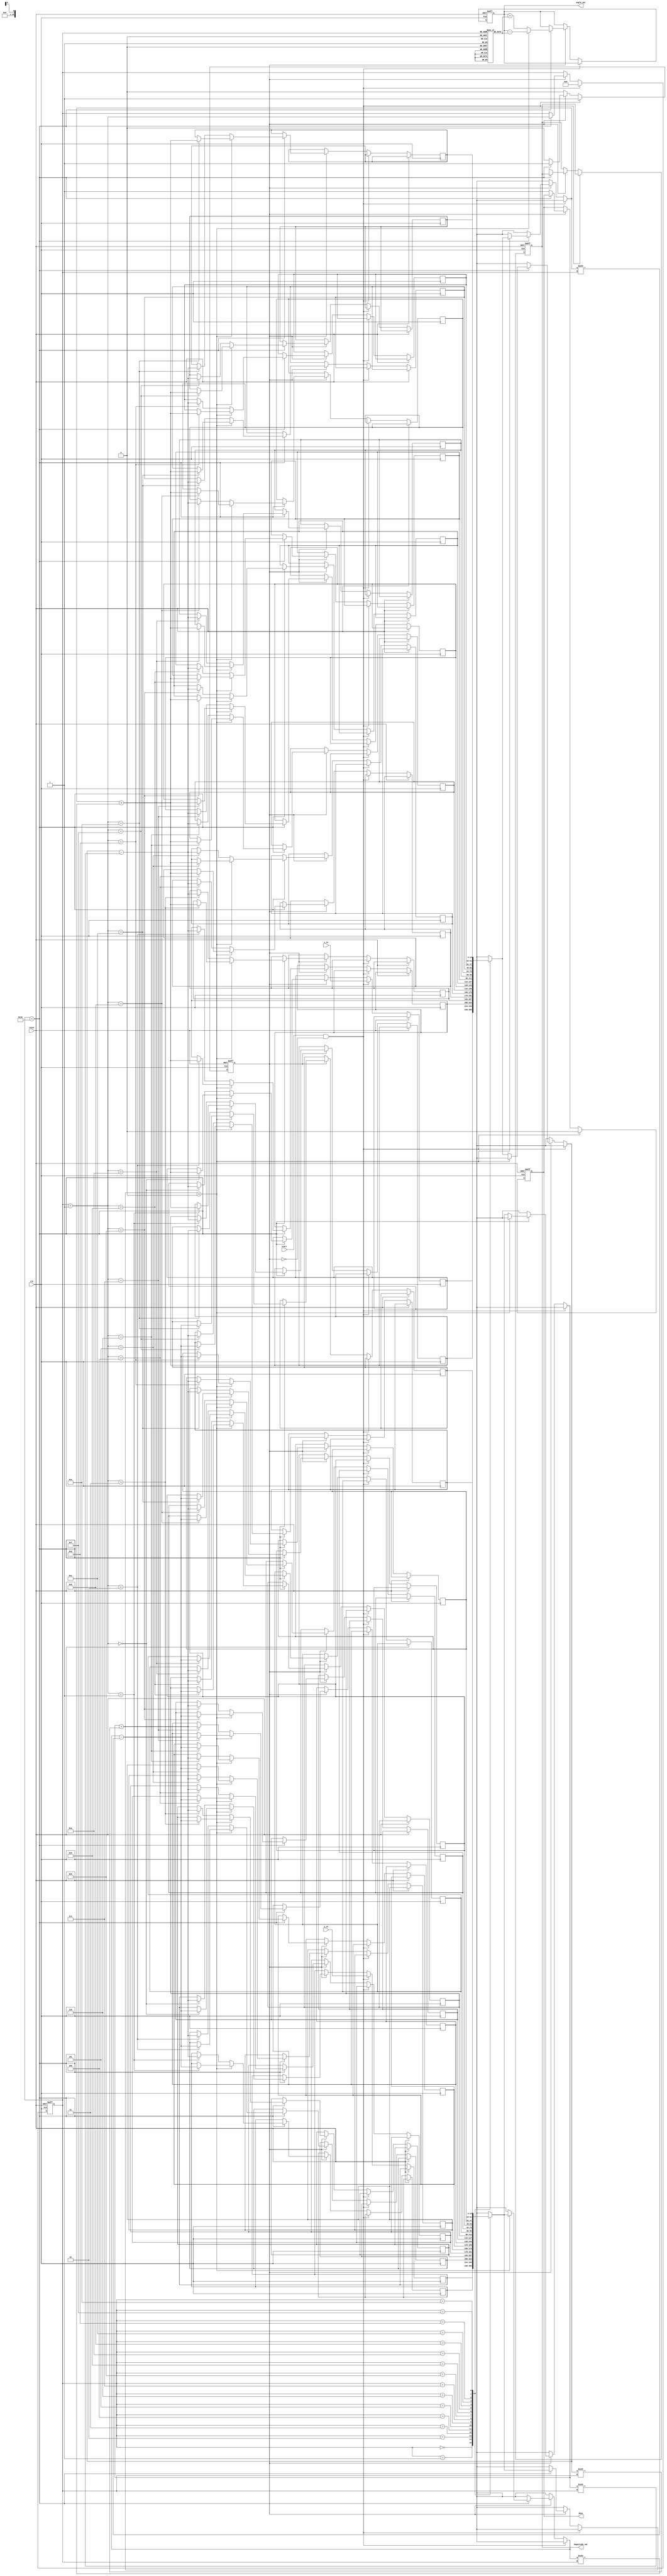
module vectoring_cordic (
    input wire clk,
    input wire reset,
    input wire start,
    input wire signed [15:0] x_in, // Input x coordinate
    input wire signed [15:0] y_in, // Input y coordinate
    output reg signed [15:0] angle_out, // Output angle
    output reg signed [15:0] magnitude_out, // Output magnitude
    output reg done // Operation complete flag
);

    // CORDIC parameters
    parameter NUM_ITERATIONS = 16; // Number of iterations
    parameter K = 16'h26DD; // Scaling factor (approx. 0.607)

    // Internal registers
    reg signed [15:0] x [0:NUM_ITERATIONS-1]; // x values
    reg signed [15:0] y [0:NUM_ITERATIONS-1]; // y values
    reg signed [15:0] angle [0:NUM_ITERATIONS-1]; // angle values
    reg [3:0] iteration; // Current iteration counter
    reg active; // Indicates if the CORDIC operation is active

    // Initialize angle values for CORDIC
    initial begin
        angle[0] = 16'h0000; // atan(0)
        angle[1] = 16'h1C71; // atan(1/2)
        angle[2] = 16'h0D8E; // atan(1/4)
        angle[3] = 16'h05A8; // atan(1/8)
        angle[4] = 16'h0282; // atan(1/16)
        // Continue initializing for all iterations...
        // For brevity, only a few angles are initialized.
    end

    // Control unit
    always @(posedge clk or posedge reset) begin
        if (reset) begin
            iteration <= 0;
            active <= 0;
            done <= 0;
            angle_out <= 0;
            magnitude_out <= 0;
        end else if (start && !active) begin
            // Load inputs and start the CORDIC process
            x[0] <= x_in;
            y[0] <= y_in;
            iteration <= 0;
            active <= 1;
            done <= 0;
        end else if (active) begin
            if (iteration < NUM_ITERATIONS) begin
                // Perform CORDIC rotation
                if (y[iteration] < 0) begin
                    x[iteration + 1] <= x[iteration] + (y[iteration] >>> iteration);
                    y[iteration + 1] <= y[iteration] - (x[iteration] >>> iteration);
                    angle_out <= angle_out - angle[iteration];
                end else begin
                    x[iteration + 1] <= x[iteration] - (y[iteration] >>> iteration);
                    y[iteration + 1] <= y[iteration] + (x[iteration] >>> iteration);
                    angle_out <= angle_out + angle[iteration];
                end
                iteration <= iteration + 1;
            end else begin
                // Finalize output
                magnitude_out <= (x[NUM_ITERATIONS] * K) >>> 15; // Scale the magnitude
                done <= 1; // Indicate completion
                active <= 0; // Reset active state
            end
        end
    end

endmodule